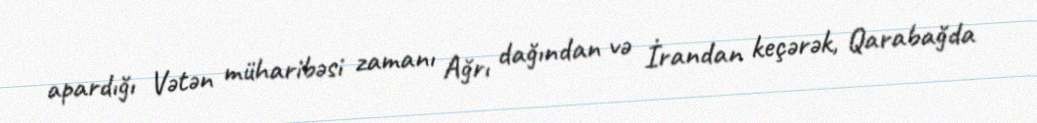
apardığı Vətən müharibəsi zamanı Ağrı dağından və İrandan keçərək, Qarabağda